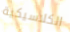
الكلاسيكية